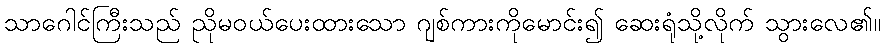
သာဂေါင်ကြီးသည် ညိုမဝယ်ပေးထားသော ဂျစ်ကားကိုမောင်း၍ ဆေးရုံသို့လိုက် သွားလေ၏။